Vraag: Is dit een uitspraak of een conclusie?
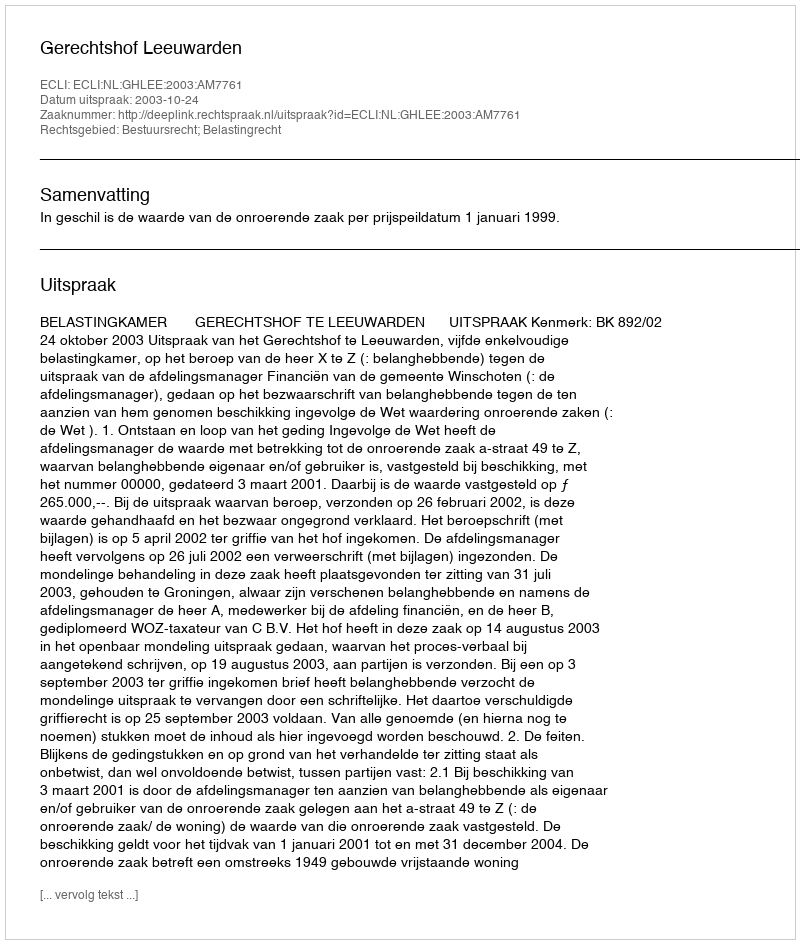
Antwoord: Uitspraak